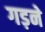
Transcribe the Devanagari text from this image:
गड़ने